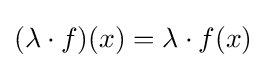
(\lambda \cdot f)(x)=\lambda \cdot f(x)